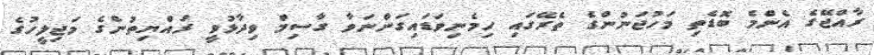
ރާއްޖޭގެ އެންމެ ބޮޑެތި މަހުޖަނުންގެ ތެރޭގައި ހިމެނިވަޑައިގަންނަވާ ގާސިމް ވިދާޅުވީ ރައްޔިތުންގެ މަޖިލީހުގެ